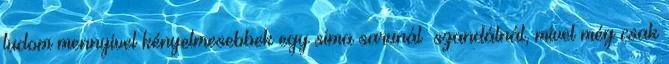
tudom mennyivel kényelmesebbek egy sima sarunál szandálnál, mivel még csak